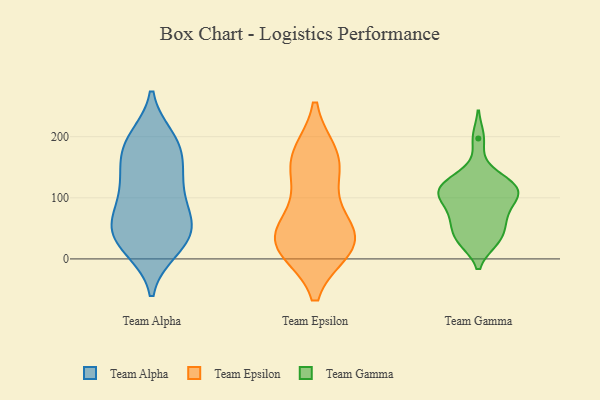
{"axis": {"x": "Conversion Rate (%)", "y": "Value"}, "legend": ["Team Alpha", "Team Epsilon", "Team Gamma"], "data": [{"x": "", "y": 168, "type": "Team Alpha"}, {"x": "", "y": 134, "type": "Team Alpha"}, {"x": "", "y": 69, "type": "Team Alpha"}, {"x": "", "y": 59, "type": "Team Alpha"}, {"x": "", "y": 15, "type": "Team Alpha"}, {"x": "", "y": 62, "type": "Team Alpha"}, {"x": "", "y": 197, "type": "Team Alpha"}, {"x": "", "y": 177, "type": "Team Alpha"}, {"x": "", "y": 108, "type": "Team Alpha"}, {"x": "", "y": 124, "type": "Team Alpha"}, {"x": "", "y": 49, "type": "Team Alpha"}, {"x": "", "y": 198, "type": "Team Alpha"}, {"x": "", "y": 17, "type": "Team Alpha"}, {"x": "", "y": 50, "type": "Team Alpha"}, {"x": "", "y": 190, "type": "Team Alpha"}, {"x": "", "y": 94, "type": "Team Alpha"}, {"x": "", "y": 23, "type": "Team Alpha"}, {"x": "", "y": 145, "type": "Team Alpha"}, {"x": "", "y": 36, "type": "Team Alpha"}, {"x": "", "y": 156, "type": "Team Epsilon"}, {"x": "", "y": 75, "type": "Team Epsilon"}, {"x": "", "y": 21, "type": "Team Epsilon"}, {"x": "", "y": 42, "type": "Team Epsilon"}, {"x": "", "y": 17, "type": "Team Epsilon"}, {"x": "", "y": 23, "type": "Team Epsilon"}, {"x": "", "y": 131, "type": "Team Epsilon"}, {"x": "", "y": 171, "type": "Team Epsilon"}, {"x": "", "y": 42, "type": "Team Epsilon"}, {"x": "", "y": 22, "type": "Team Epsilon"}, {"x": "", "y": 171, "type": "Team Epsilon"}, {"x": "", "y": 114, "type": "Team Gamma"}, {"x": "", "y": 130, "type": "Team Gamma"}, {"x": "", "y": 64, "type": "Team Gamma"}, {"x": "", "y": 31, "type": "Team Gamma"}, {"x": "", "y": 100, "type": "Team Gamma"}, {"x": "", "y": 135, "type": "Team Gamma"}, {"x": "", "y": 66, "type": "Team Gamma"}, {"x": "", "y": 114, "type": "Team Gamma"}, {"x": "", "y": 33, "type": "Team Gamma"}, {"x": "", "y": 101, "type": "Team Gamma"}, {"x": "", "y": 197, "type": "Team Gamma"}, {"x": "", "y": 29, "type": "Team Gamma"}, {"x": "", "y": 114, "type": "Team Gamma"}, {"x": "", "y": 98, "type": "Team Gamma"}, {"x": "", "y": 64, "type": "Team Gamma"}]}